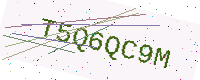
Text: T5Q6QC9M